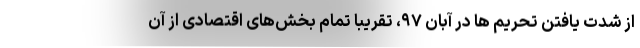
از شدت یافتن تحریم ها در آبان ۹۷، تقریبا تمام بخش‌های اقتصادی از آن